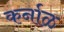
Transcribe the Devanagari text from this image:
कर्नाळ